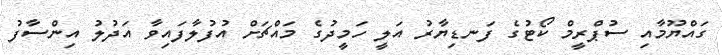
ގައްޔޫމާއި ސުޕްރީމް ކޯޓުގެ ފަނޑިޔާރު އަލީ ހަމީދުގެ މައްޗަށް އުފުލާފައިވާ އަދުލު އިންސާފު